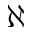
\aleph